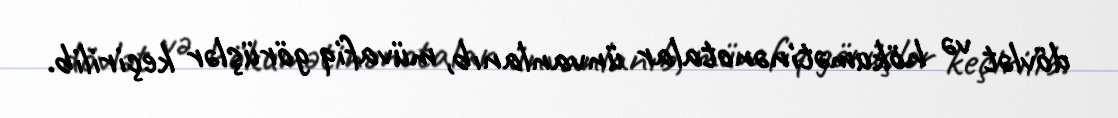
dövlət və hökumətinənotalar ünvanlanıb, müvafiq görüşlər keçirilib.